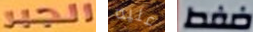
الجبر عليه ضغط